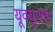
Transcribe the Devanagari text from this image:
यूक्यूवांश